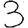
Digit: 3